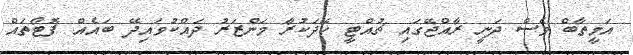
އަމީތާބް ވެސް ދަނީ ރާއްޖޭގައި ޗުއްޓީ ހޭދަކުރާ މަންޒަރު ދައްކުވައިދޭ ބައެއް ފޮޓޯތައް